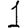
Digit: 1